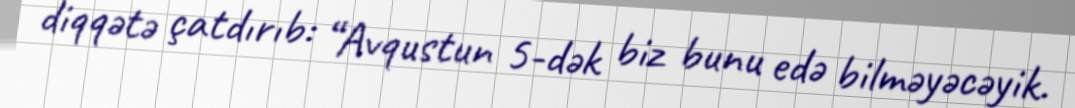
diqqətə çatdırıb: “Avqustun 5-dək biz bunu edə bilməyəcəyik.